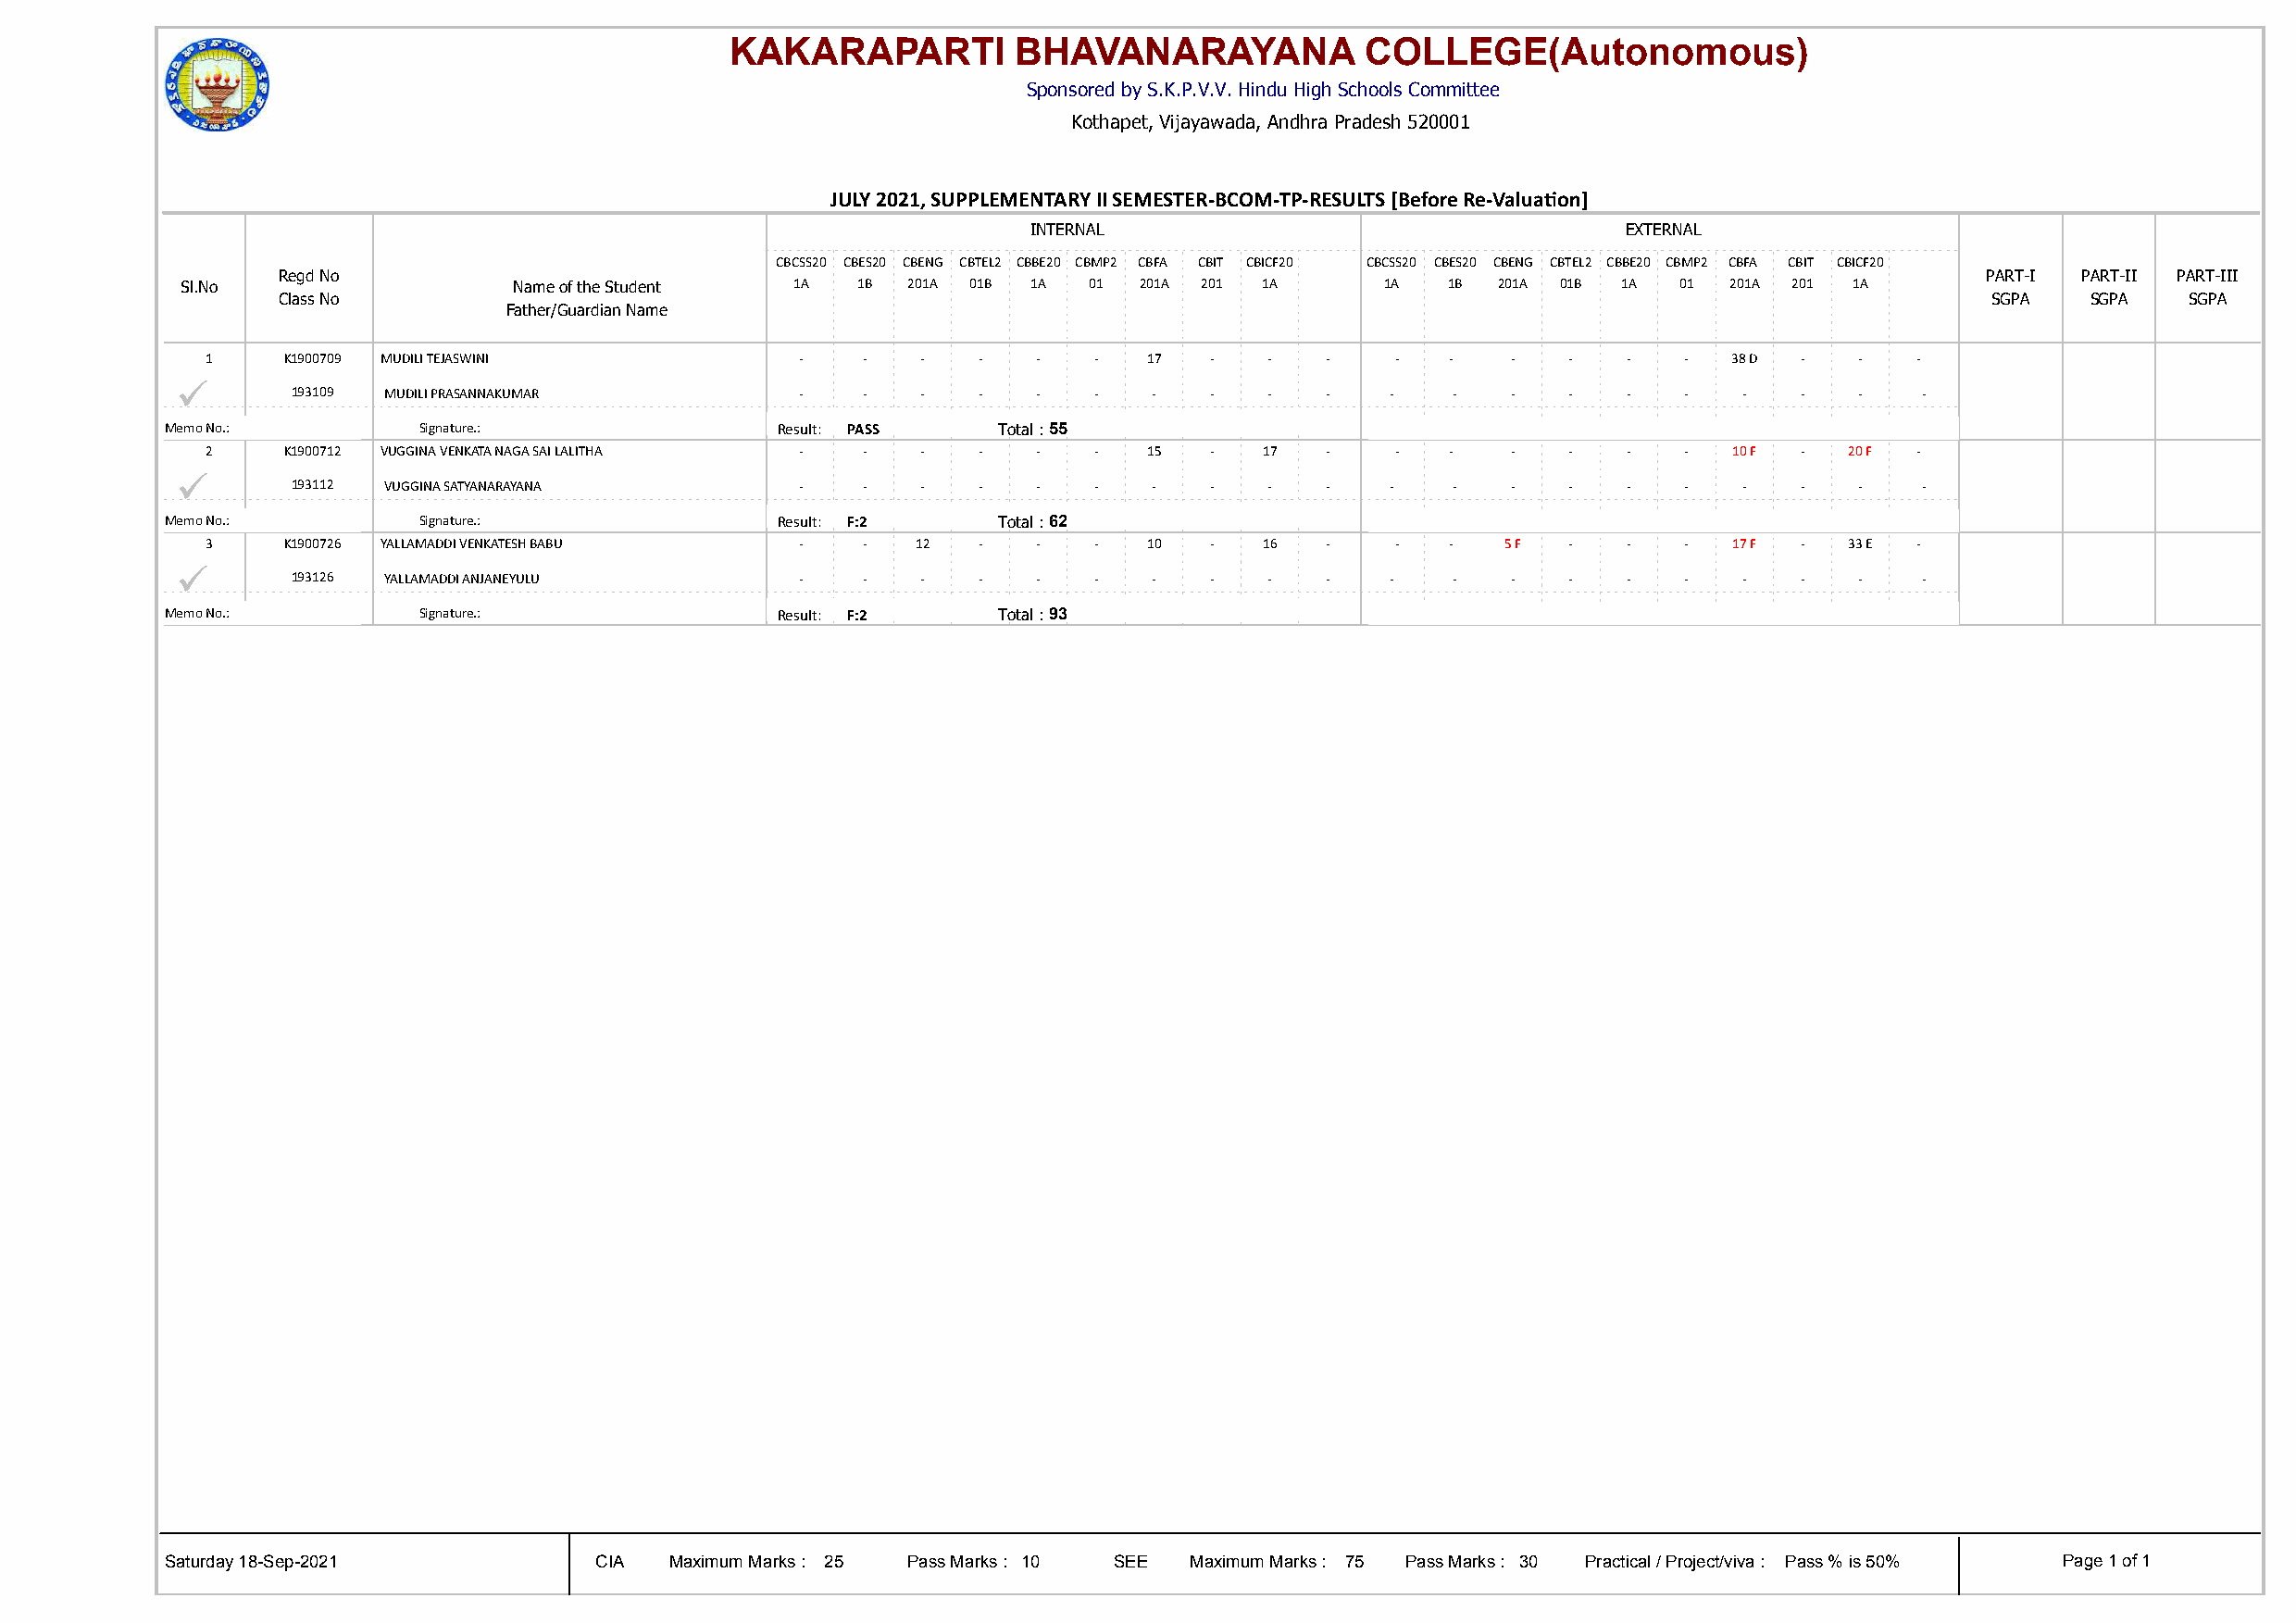
KAKARAPARTI          BHAVANARAYANA            COLLEGE(Autonomous)
 Sponsored by S.K.P.V.V. Hindu High Schools Committee
 Kothapet, Vijayawada, Andhra Pradesh 520001
 JULY 2021, SUPPLEMENTARY II SEMESTER-BCOM-TP-RESULTS [Before Re-Valuaton]
 INTERNAL                                  EXTERNAL
 CBCSS20 CBES20 CBENG CBTEL2 CBBE20 CBMP2 CBFA CBIT CBICF20 CBCSS20 CBES20 CBENG CBTEL2 CBBE20 CBMP2 CBFA CBIT CBICF20
 Regd No                                                                                                                   PART-I PART-II PART-III
 Sl.No                   Name of the Student 1A  1B  201A 01B 1A  01 201A 201 1A       1A  1B  201A 01B 1A  01  201A 201 1A
 Class No                                                                                                                  SGPA   SGPA   SGPA
 Father/Guardian Name
 1    K1900709 MUDILI TEJASWINI            -    -   -   -   -   -   17  -    -   -    -   -   -   -   -   -   38 D -   -   -
 ü
 193109 MUDILI PRASANNAKUMAR         -    -   -   -   -   -   -   -    -   -   -    -   -   -   -   -    -   -   -   -
 Memo No.:         Signature.:               Result: PASS   Total : 55
 2    K1900712 VUGGINA VENKATA NAGA SAI LALITHA - - -   -   -   -   15  -   17   -    -   -   -   -   -   -   10 F -  20 F -
 ü
 193112 VUGGINA SATYANARAYANA        -    -   -   -   -   -   -   -    -   -   -    -   -   -   -   -    -   -   -   -
 Memo No.:         Signature.:               Result: F:2    Total : 62
 3    K1900726 YALLAMADDI VENKATESH BABU   -    -  12   -   -   -   10  -   16   -    -   -   5 F -   -   -   17 F -  33 E -
 ü
 193126 YALLAMADDI ANJANEYULU        -    -   -   -   -   -   -   -    -   -   -    -   -   -   -   -    -   -   -   -
 Memo No.:         Signature.:               Result: F:2    Total : 93
 Saturday 18-Sep-2021           CIA  Maximum Marks : 25 Pass Marks : 10 SEE Maximum Marks : 75 Pass Marks : 30 Practical / Project/viva : Pass % is 50% Page 1 of 1